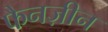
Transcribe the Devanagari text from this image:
फैनज़ीन